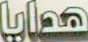
هدايا